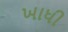
ખાધી